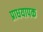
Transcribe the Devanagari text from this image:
प्राधयापक